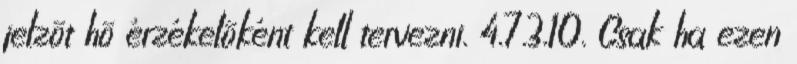
jelzõt hõ érzékelõként kell tervezni. 4.7.3.10. Csak ha ezen